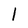
Character: 1